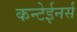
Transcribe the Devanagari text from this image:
कन्टेईनर्स